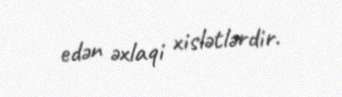
edən əxlaqi xislətlərdir.